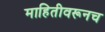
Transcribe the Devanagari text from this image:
माहितीवरूनच